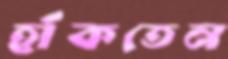
হাঁকতেন